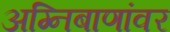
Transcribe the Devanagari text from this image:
अग्निबाणांवर